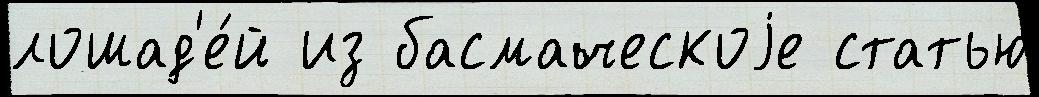
лошад'е́й из басмаческоjе статью